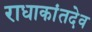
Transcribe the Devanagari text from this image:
राधाकांतदेव